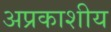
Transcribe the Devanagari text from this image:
अप्रकाशीय